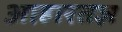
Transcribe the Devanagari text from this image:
आहारतज्ञ